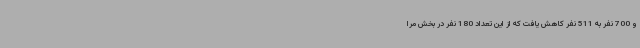
و 700 نفر به 511 نفر کاهش یافت که از این تعداد 180 نفر در بخش مرا